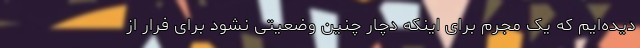
دیده‌ایم که یک مجرم برای اینکه دچار چنین وضعیتی نشود برای فرار از